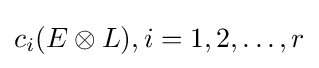
c_{i}(E\otimes L),i=1,2,\dots ,r